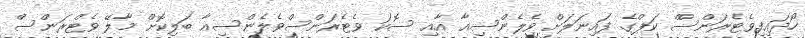
ހޯދައިފިވެޓެރަންސްް ކަޕްގެ ފައިނަލަށް ވެލެންސިއާ އާއި ސޮކަ ވެޓެރަންސްވެލެންސިއާ ބަލިކޮށް މާލޭ ވެޓްރަންސް